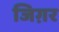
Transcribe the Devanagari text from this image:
जिग़र